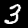
Label: 3